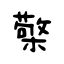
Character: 檠